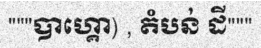
"""បាហ្គោ) , តំបន់ ដី"""